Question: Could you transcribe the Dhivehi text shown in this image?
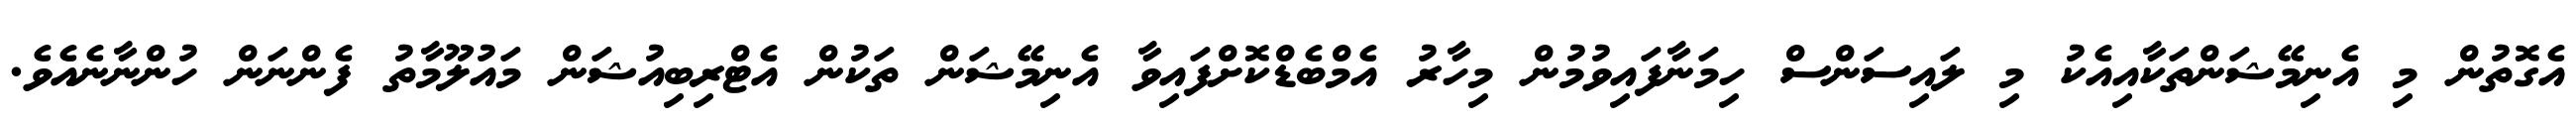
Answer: އެގޮތުން މި އެނިމޭޝަންތަކާއިއެކު މި ލައިސަންސް ހިމަނާފައިވުމުން މިހާރު އެމްބެޑްކޮށްފައިވާ އެނިމޭޝަން ތަކުން އެޓްރިބިއުޝަން މައުލޫމާތު ފެންނަން ހުންނާނެއެވެ.